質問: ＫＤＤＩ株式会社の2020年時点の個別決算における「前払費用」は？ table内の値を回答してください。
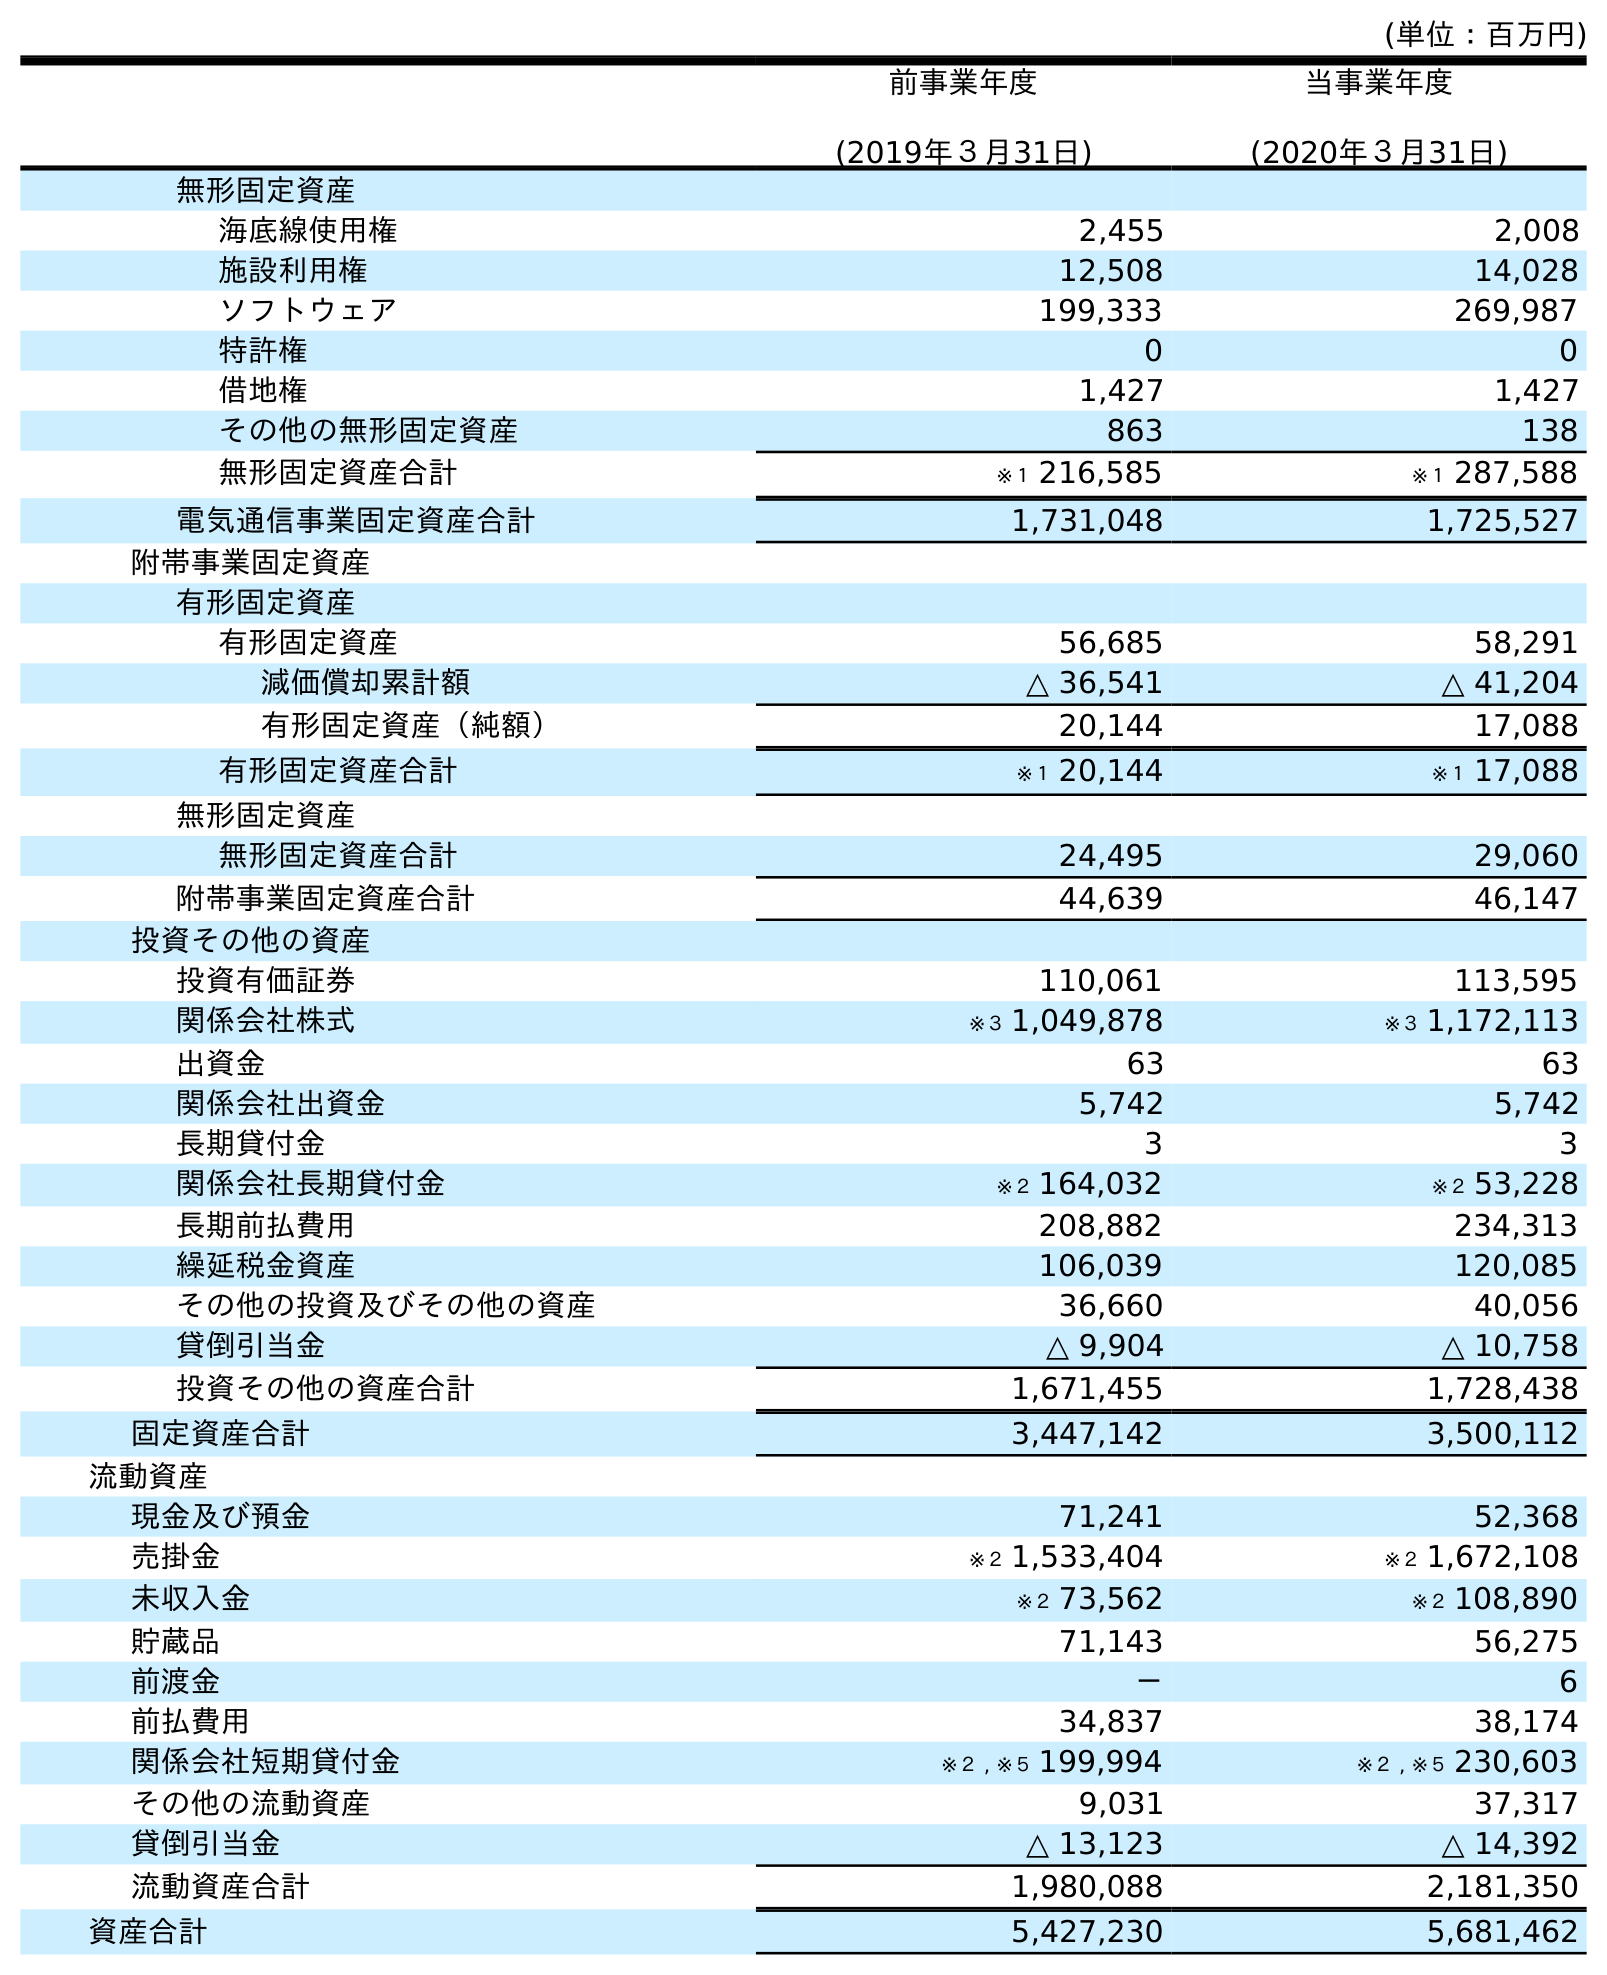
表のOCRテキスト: (単位：百万円) 前事業年度 (2019年３月31日) 当事業年度 (2020年３月31日) 無形固定資産 海底線使用権 2,455 2,008 施設利用権 12,508 14,028 ソフトウェア 199,333 269,987 特許権 0 0 借地権 1,427 1,427 その他の無形固定資産 863 138 無形固定資産合計 ※１ 216,585 ※１ 287,588 電気通信事業固定資産合計 1,731,048 1,725,527 附帯事業固定資産 有形固定資産 有形固定資産 56,685 58,291 減価償却累計額 △ 36,541 △ 41,204 有形固定資産（純額） 20,144 17,088 有形固定資産合計 ※１ 20,144 ※１ 17,088 無形固定資産 無形固定資産合計 24,495 29,060 附帯事業固定資産合計 44,639 46,147 投資その他の資産 投資有価証券 110,061 113,595 関係会社株式 ※３ 1,049,878 ※３ 1,172,113 出資金 63 63 関係会社出資金 5,742 5,742 長期貸付金 3 3 関係会社長期貸付金 ※２ 164,032 ※２ 53,228 長期前払費用 208,882 234,313 繰延税金資産 106,039 120,085 その他の投資及びその他の資産 36,660 40,056 貸倒引当金 △ 9,904 △ 10,758 投資その他の資産合計 1,671,455 1,728,438 固定資産合計 3,447,142 3,500,112 流動資産 現金及び預金 71,241 52,368 売掛金 ※２ 1,533,404 ※２ 1,672,108 未収入金 ※２ 73,562 ※２ 108,890 貯蔵品 71,143 56,275 前渡金 － 6 前払費用 34,837 38,174 関係会社短期貸付金 ※２ , ※５ 199,994 ※２ , ※５ 230,603 その他の流動資産 9,031 37,317 貸倒引当金 △ 13,123 △ 14,392 流動資産合計 1,980,088 2,181,350 資産合計 5,427,230 5,681,462
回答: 38,174